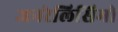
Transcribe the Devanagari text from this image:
जनरेलिसिमो